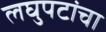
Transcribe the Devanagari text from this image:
लघुपटांचा